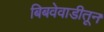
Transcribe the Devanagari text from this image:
बिबवेवाडीतून